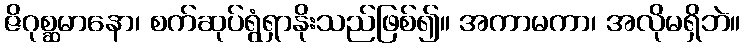
ဇိဂုစ္ဆမာနော၊ စက်ဆုပ်ရွံရှာနိုးသည်ဖြစ်၍။ အကာမကာ၊ အလိုမရှိဘဲ။